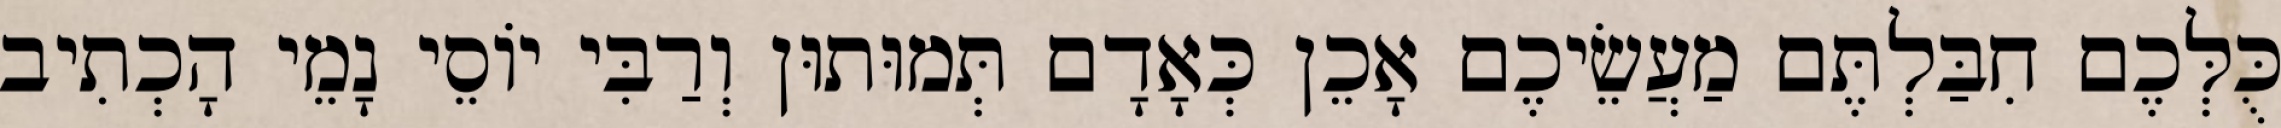
כֻּלְּכֶם חִבַּלְתֶּם מַעֲשֵׂיכֶם אָכֵן כְּאָדָם תְּמוּתוּן וְרַבִּי יוֹסֵי נָמֵי הָכְתִיב